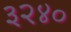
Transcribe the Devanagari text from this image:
३२४०